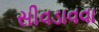
સીવડાવવા